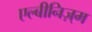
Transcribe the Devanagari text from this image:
एल्बीनिज़्म